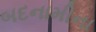
બદનામીના